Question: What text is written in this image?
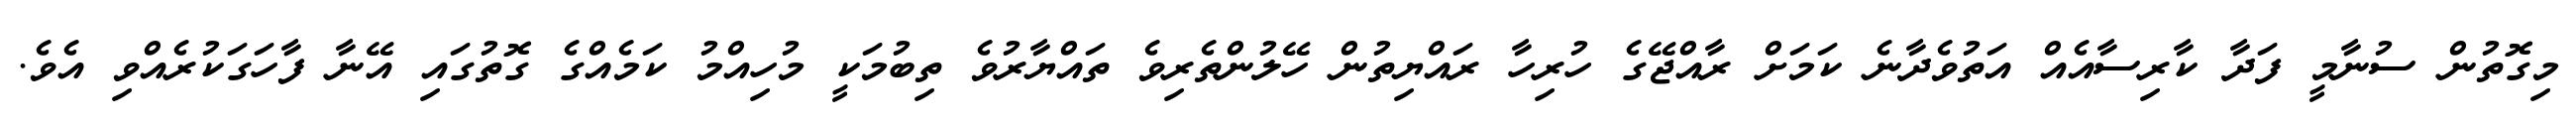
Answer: މިގޮތުން ސުނާމީ ފަދާ ކާރިސާއެއް އަތުވެދާނެ ކަމަށް ރާއްޖޭގެ ހުރިހާ ރައްޔިތުން ހޭލުންތެރިވެ ތައްޔާރުވެ ތިބުމަކީ މުހިއްމު ކަމެއްގެ ގޮތުގައި އޭނާ ފާހަގަކުރެއްވި އެވެ.